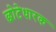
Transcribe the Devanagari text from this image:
छोटेधारक